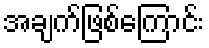
အချက်ဖြစ်ကြောင်း